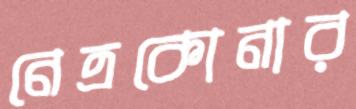
নেত্রকোনার